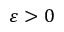
\varepsilon > 0